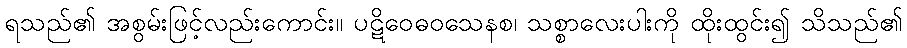
ရသည်၏ အစွမ်းဖြင့်လည်းကောင်း။ ပဋိဝေဓဝသေနစ၊ သစ္စာလေးပါးကို ထိုးထွင်း၍ သိသည်၏